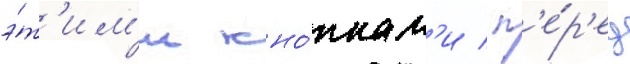
э́т'им'и кно́пкам'и / п'е́р'ед